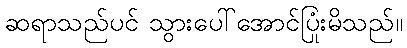
ဆရာသည်ပင် သွားပေါ်အောင်ပြုံးမိသည်။